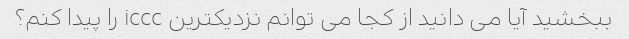
ببخشید آیا می دانید از کجا می توانم نزدیکترین iccc را پیدا کنم؟